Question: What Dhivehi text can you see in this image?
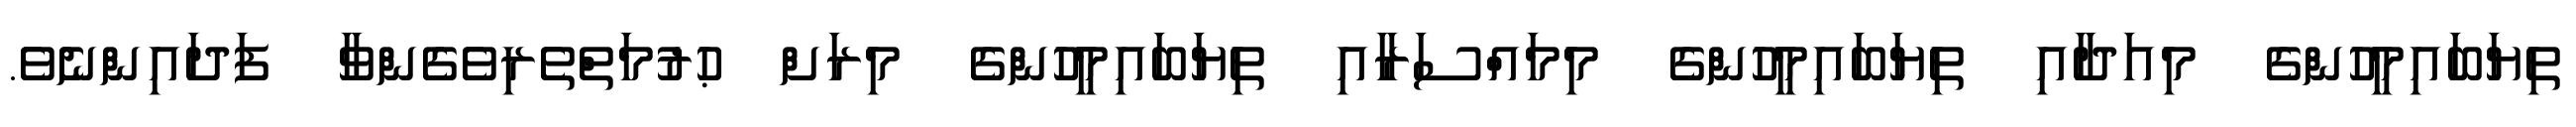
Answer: ތިޔަބައިމީހުންގެ މިއަދާއި ތިޔަބައިމީހުންގެ މިމައްސަރާއި ތިޔަބައިމީހުންގެ މިރަށް ޙުރުމަތްތެރިވެގެންވާ ފަދައިންނެވެ.